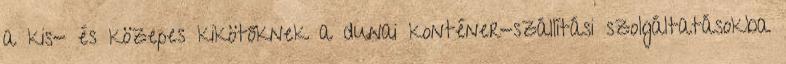
a kis- és közepes kikötőknek a dunai konténer-szállítási szolgáltatásokba